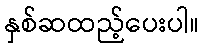
နှစ်ဆထည့်ပေးပါ။